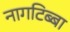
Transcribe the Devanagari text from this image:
नागटिब्बा